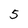
Character: 5